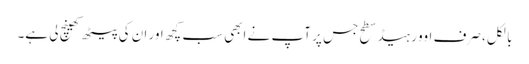
بالکل ، صرف اوور ہیڈ سطح جس پر آپ نے ابھی سب کچھ اور ان کی پیٹھ کھینچ لی ہے۔